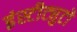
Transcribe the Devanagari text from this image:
इंस्टीट्युटो